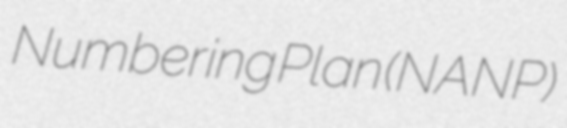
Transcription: Numbering Plan (NANP)